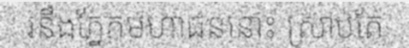
រនឹងភ្នែកមហាជននោះ ស្រាប់តែ